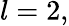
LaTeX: l=2,